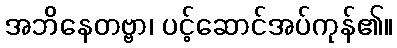
အဘိနေတဗ္ဗာ၊ ပင့်ဆောင်အပ်ကုန်၏။